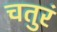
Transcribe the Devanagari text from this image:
चतुरं